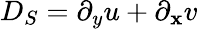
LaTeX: D_{S}=\partial_{y}u+\partial_{\mathbf{x}}v